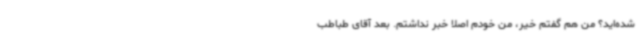
شده‌اید؟ من هم گفتم خیر، من خودم اصلاً خبر نداشتم. بعد آقای طباطب